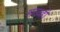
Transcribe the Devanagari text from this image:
सरावही